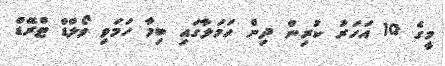
މީގެ 10 އަހަރު ކުރިން ދިން ހަމަލާގައި ބިމާ ހަމަވި ވޯލްޑް ޓްރޭޑް